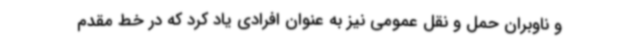
و ناوبران حمل و نقل عمومی نیز به عنوان افرادی یاد کرد که در خط مقدم